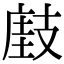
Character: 𢻘